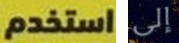
استخدم إلى